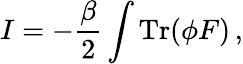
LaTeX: I=-\frac{\beta}{2}\int{\mathrm{Tr}}(\phi F)\, ,